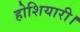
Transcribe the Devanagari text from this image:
होशियारी।